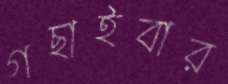
গছাইবার